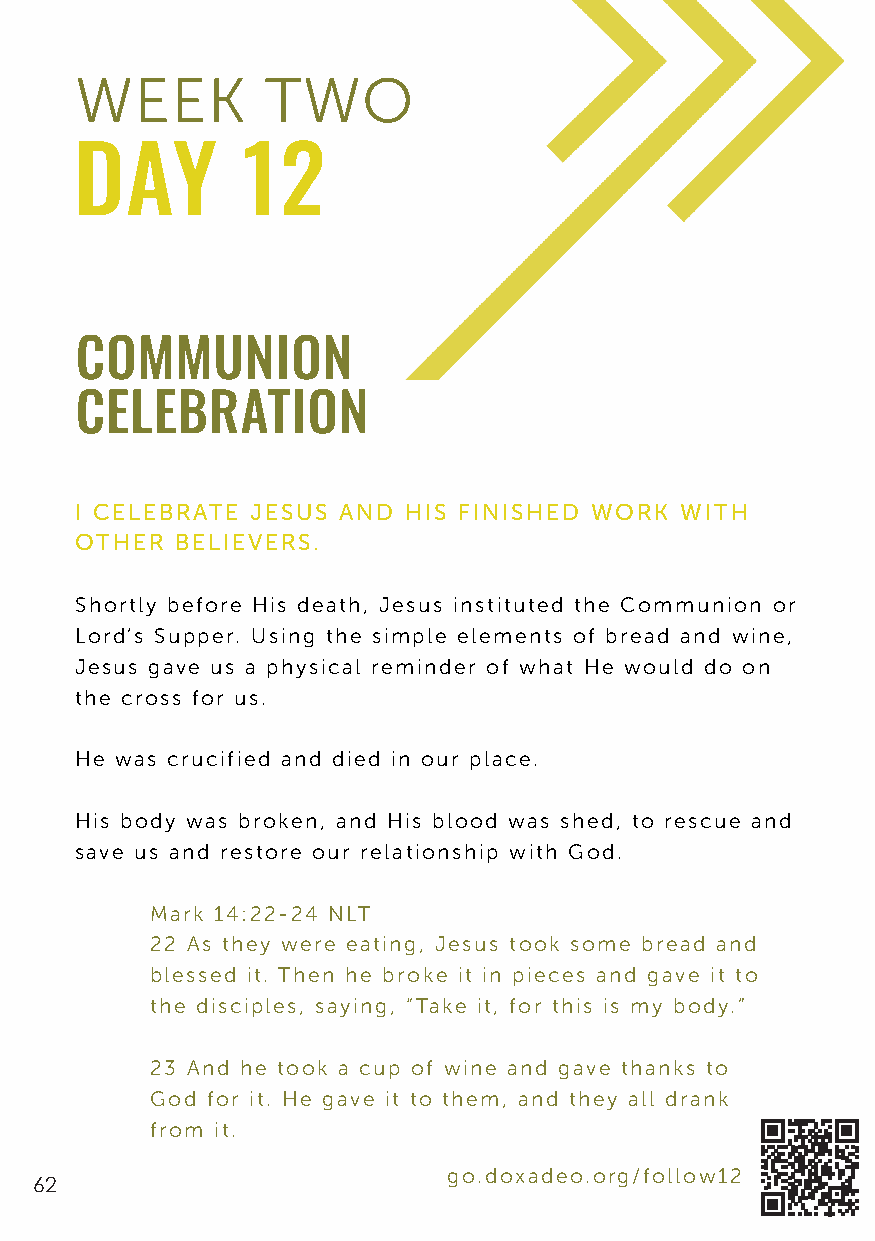
WEEK         TWO
 DAY        12
 COMMUNION
 CELEBRATION
 I CELEBRATE JESUS AND HIS FINISHED WORK WITH
 OTHER  BELIEVERS.
 Shortly before His death, Jesus instituted the Communion or
 Lord’s Supper. Using the simple elements of bread and wine,
 Jesus gave us a physical reminder of what He would do on
 the cross for us.
 He was crucified and died in our place.
 His body was broken, and His blood was shed, to rescue and
 save us and restore our relationship with God.
 Mark 14:22-24 NLT
 22 As they were eating, Jesus took some bread and
 blessed it. Then he broke it in pieces and gave it to
 the disciples, saying, “Take it, for this is my body.”
 23 And he took a cup of wine and gave thanks to
 God for it. He gave it to them, and they all drank
 from it.
 go.doxadeo.org/follow12
 62